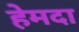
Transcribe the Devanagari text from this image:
हेमदा